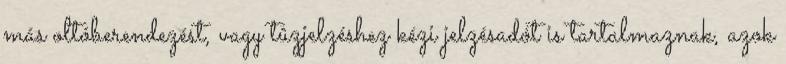
más oltóberendezést, vagy tûzjelzéshez kézi jelzésadót is tartalmaznak, azok